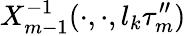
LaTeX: X_{m-1}^{-1}(\cdot,\cdot,l_{k}\tau_{m}^{\prime\prime})